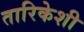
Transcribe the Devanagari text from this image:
तारिकेशी